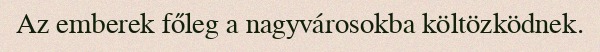
Az emberek főleg a nagyvárosokba költözködnek.